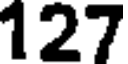
127